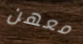
معهن